Civil Veterinary Department Bihar & Orissa reports 1929-36 - 1929-1936
Year: 1929
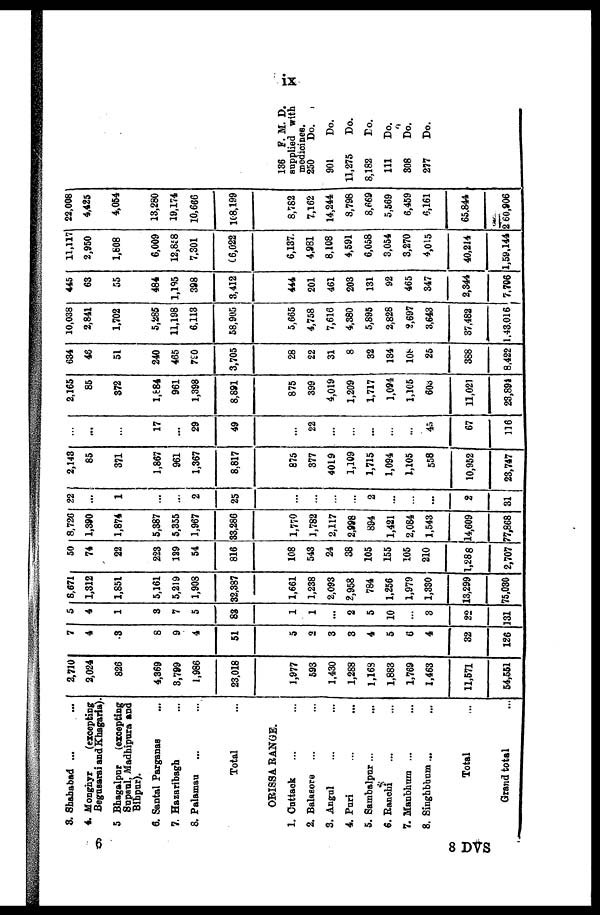
ix
3. Shahabad ... ...
4. Monghyr
(excepting
Begusarai and Khagaria).
5 Bhagalpur
(excepting
Supaul, Madhipura and
Bihpur).
6. Santal Parganas ...
7. Hazaribagh ...
8. Palamau ... ...
Total ...
ORISSA RANGE.
1. Cuttack ... ...
2. Balasore ... ...
3. Angul ... ...
4. Puri ... ...
5. Sambalpur ... ...
6. Ranchi ... ...
7. Manbhum ... ...
8. Singhbhum ... ...
Total ...
Grand total ...
2,710
2,024
826
4,369
3,799
1,986
23,018
1,977
593
1,430
1,288
1,168
1,883
1,769
1,463
11,571
54,551
7
4
3
8
9
4
51
5
2
3
3
4
5
6
4
32
126
5
4
1
3
7
5
83
1
1
...
2
5
10
...
3
22
131
8,671
1,312
1,851
5,161
5,219
1,908
32,387
1,661
1,238
2,093
2,958
784
1,256
1,979
1,330
13,299
75,030
50
74
22
223
129
54
816
108
543
24
38
105
155
105
210
1,288
2,707
8,726
1,390
1,874
5,387
5,355
1,967
33,286
1,770
1,782
2,117
2,998
894
1,421
2,084
1,543
14,609
77,868
22
...
1
...
...
2
25
...
...
...
...
2
...
...
...
2
31
2,143
85
371
1,867
961
1,367
8,817
875
377
4019
1,109
1,715
1,094
1,105
558
10,952
23,747
...
...
...
17
...
29
49
...
22
...
...
...
...
...
45
67
116
2,165
85
372
1,884
961
1,398
8,891
875
399
4,019
1,209
1,717
1,094
1,105
603
11,021
23,894
634
46
51
240
465
790
3,705
28
22
31
8
32
134
108
25
388
8,422
10,038
2,841
1,702
5,285
11,198
6,113
58,905
5,665
4,758
7,616
4,380
5,895
2,828
2,697
3,643
37,482
1,43.016
445
63
55
484
1,195
398
3,412
444
201
461
203
131
92
465
347
2,344
7,706
11,117
2,950
1,808
6,009
12,858
7,301
66,022
6,137
4,981
8,108
4,591
6,058
3,054
3,270
4,015
40,214
1,59,144
22,008
4,425
4,054
13,280
19,174
10,666
168,199
8,782
7,162
14,244
8,798
8,669
5,569
6,459
6,161
65,844
2 60,906
136 F. M. D.
supplied with
medicines.
250
Do.
901
Do.
11,275
Do.
8,182
Do.
111
Do.
308
Do.
277
Do.
6
8 DVS